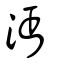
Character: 沔